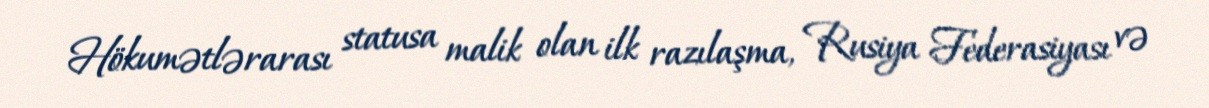
Hökumətlərarası statusa malik olan ilk razılaşma, Rusiya Federasiyası və